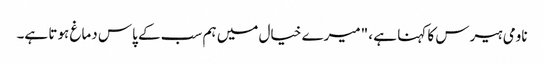
ناومی ہیرس کا کہنا ہے ، "میرے خیال میں ہم سب کے پاس دماغ ہوتا ہے۔